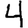
Digit: 4